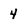
Character: 4